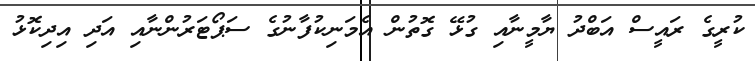
ކުރީގެ ރައީސް އަބްދު ޔާމީނާއި ގުޅޭ ގޮތުން އެމަނިކުފާނުގެ ސަޕޯޓަރުންނާއި އަދި އިދިކޮޅު